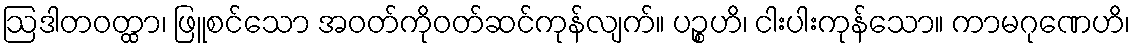
ဩဒါတဝတ္ထာ၊ ဖြူစင်သော အဝတ်ကိုဝတ်ဆင်ကုန်လျက်။ ပဉ္စဟိ၊ ငါးပါးကုန်သော။ ကာမဂုဏေဟိ၊